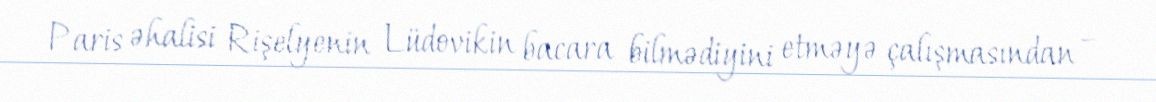
Paris əhalisi Rişelyenin Lüdovikin bacara bilmədiyini etməyə çalışmasından –